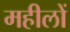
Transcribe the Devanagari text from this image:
महीलों